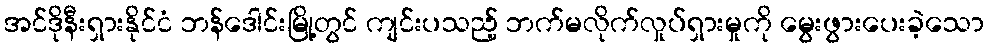
အင်ဒိုနီးရှားနိုင်ငံ ဘန်ဒေါင်းမြို့တွင် ကျင်းပသည့် ဘက်မလိုက်လှုပ်ရှားမှုကို မွေးဖွားပေးခဲ့သော